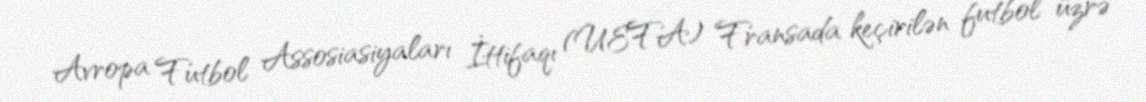
Avropa Futbol Assosiasiyaları İttifaqı (UEFA) Fransada keçirilən futbol üzrə